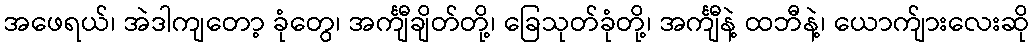
အဖေရယ်၊ အဲဒါကျတော့ ခုံတွေ၊ အင်္ကျီချိတ်တို့၊ ခြေသုတ်ခုံတို့၊ အင်္ကျီနဲ့ ထဘီနဲ့၊ ယောက်ျားလေးဆို